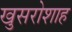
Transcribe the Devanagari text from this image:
खुसरोशाह